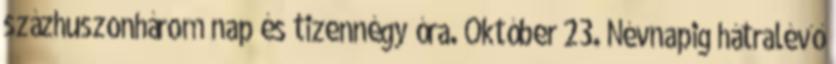
százhuszonhárom nap és tizennégy óra. Október 23. Névnapig hátralévő